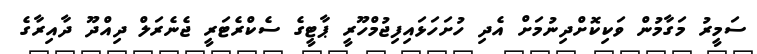
ސަމީރު މަގާމުން ވަކިކޮށްދިނުމަށް އެދި ހުށަހަޅައިފިޖުމްހޫރީ ޕާޓީގެ ސެކްރެޓަރީ ޖެނެރަލް ދިއްދޫ ދާއިރާގެ